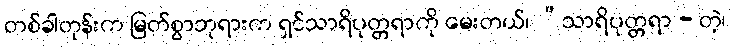
တစ်ခါတုန်းက မြတ်စွာဘုရားက ရှင်သာရိပုတ္တရာကို မေးတယ်၊ “သာရိပုတ္တရာ - တဲ့၊